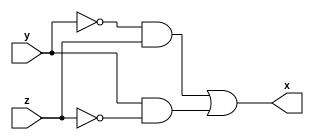
// ---------------------
// Guia 01_01 XOR
// Nome: Marley Ribeiro	
// ---------------------

// ---------------------
// -- xor gate
// ---------------------

 module xorgate ( x, y , z );
  output x;
  input y , z ;
  
  assign x = (~ y & z | y & ~ z)   ;
	
 endmodule // xorgate	
	
// ---------------------
// -- test xor gate
// ---------------------
 

  module testexorgate;
   reg  f ,g ;
   wire h;
	
//instancia

	xorgate xor1 ( h, f, g );
	
//parte principal

initial begin

$display(" Marley Ribeiro - 414510 ");
$display(" Test XOR gate ");
$display(" \n ~( (a & b | a & ~ b) ) =s\n");
f=0; g=0; 

#1  $display("%b ^ %b  = %b", f, g, h);
      f=1; g=1 ; 

#1  $display("%b ^ %b  = %b", f, g, h);
      f=1; g=0 ; 

#1  $display("%b ^ %b  = %b", f, g, h);
      f=0; g=1 ; 

#1  $display("%b ^ %b  = %b", f, g, h);
      

end    


endmodule // testxorgate